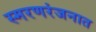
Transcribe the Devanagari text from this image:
स्मरणरंजनात